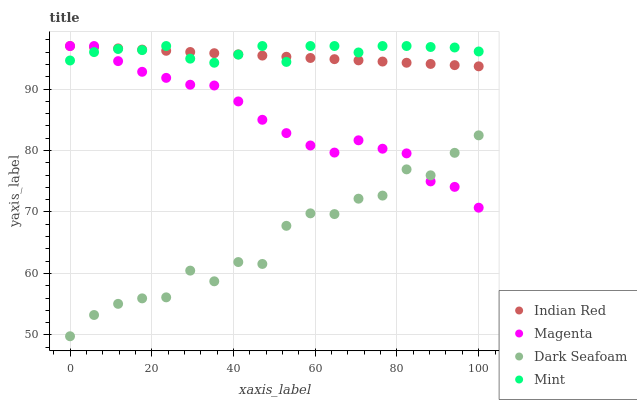
| xaxis_label | Indian Red | Magenta | Dark Seafoam | Mint |
 | --- | --- | --- | --- | --- |
 | 0 | 97 | 97 | 49.8 | 94.6 |
 | 5.88 | 96.8 | 97 | 53.2 | 96 |
 | 11.8 | 96.6 | 94.5 | 55.1 | 96.5 |
 | 17.6 | 96.4 | 92.8 | 56 | 96.3 |
 | 23.5 | 96.2 | 91.8 | 56.1 | 97 |
 | 29.4 | 96 | 90.7 | 60.5 | 94.9 |
 | 35.3 | 95.8 | 90.6 | 58.7 | 94.3 |
 | 41.2 | 95.6 | 88 | 61.9 | 95.6 |
 | 47.1 | 95.4 | 85 | 61.5 | 97 |
 | 52.9 | 95.3 | 82.8 | 67.7 | 94.4 |
 | 58.8 | 95.1 | 80.8 | 69.8 | 97 |
 | 64.7 | 94.9 | 79.7 | 69.7 | 97 |
 | 70.6 | 94.7 | 81.7 | 72.2 | 96 |
 | 76.5 | 94.5 | 80.3 | 72.7 | 97 |
 | 82.4 | 94.3 | 79.5 | 76.9 | 97 |
 | 88.2 | 94.1 | 75 | 76 | 96.8 |
 | 94.1 | 93.9 | 74.1 | 79.6 | 96.8 |
 | 100 | 93.7 | 70.7 | 82.5 | 96.1 |